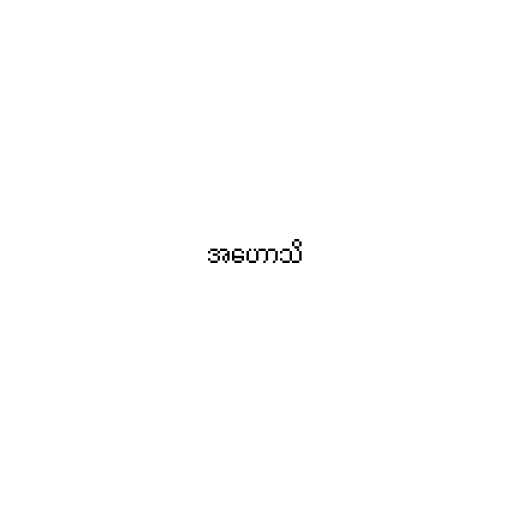
အဟောသိ